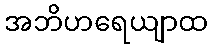
အဘိဟရေယျာထ